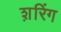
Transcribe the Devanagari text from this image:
श़रिंग